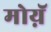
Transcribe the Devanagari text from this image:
मोय़ॅ